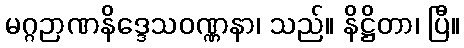
မဂ္ဂဉာဏနိဒ္ဒေသဝဏ္ဏနာ၊ သည်။ နိဋ္ဌိတာ၊ ပြီ။